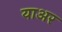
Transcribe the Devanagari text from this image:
याअर